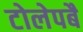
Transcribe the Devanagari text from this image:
टोलेपबै